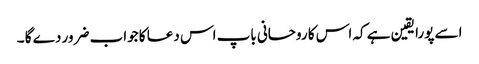
اسے پورا یقین ہے کہ اس کا روحانی باپ اس دعا کا جواب ضرور دے گا ۔